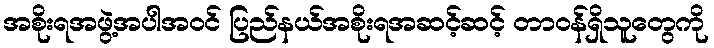
အစိုးရအဖွဲ့အပါအဝင် ပြည်နယ်အစိုးရအဆင့်ဆင့် တာဝန်ရှိသူတွေကို